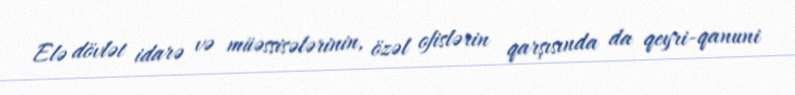
Elə dövlət idarə və müəssisələrinin, özəl ofislərin qarşısında da qeyri-qanuni